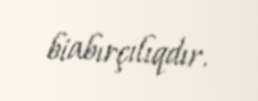
biabırçılıqdır.